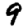
Digit: 9